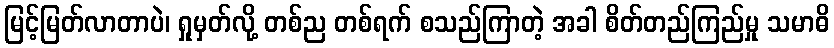
မြင့်မြတ်လာတာပဲ၊ ရှုမှတ်လို့ တစ်ည တစ်ရက် စသည်ကြာတဲ့ အခါ စိတ်တည်ကြည်မှု သမာဓိ